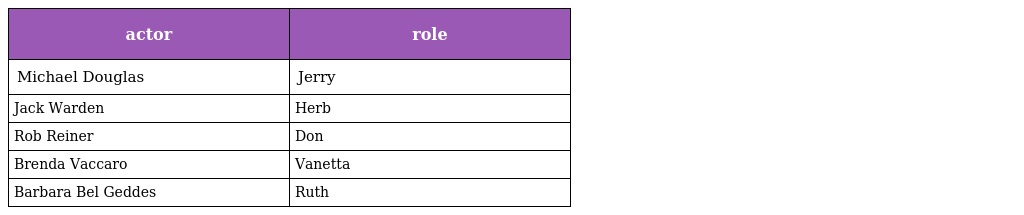
| actor | role |
 | --- | --- |
 | Michael Douglas | Jerry |
 | Jack Warden | Herb |
 | Rob Reiner | Don |
 | Brenda Vaccaro | Vanetta |
 | Barbara Bel Geddes | Ruth |